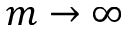
m \rightarrow \infty